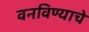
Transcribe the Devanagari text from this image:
वनविण्याचे